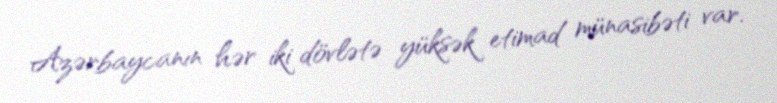
Azərbaycanın hər iki dövlətə yüksək etimad münasibəti var.